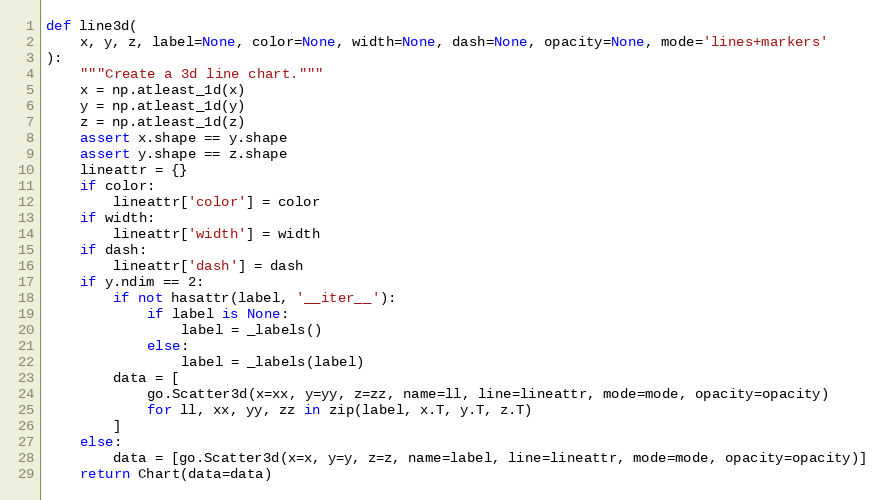
Language: Python
def line3d(
    x, y, z, label=None, color=None, width=None, dash=None, opacity=None, mode='lines+markers'
):
    """Create a 3d line chart."""
    x = np.atleast_1d(x)
    y = np.atleast_1d(y)
    z = np.atleast_1d(z)
    assert x.shape == y.shape
    assert y.shape == z.shape
    lineattr = {}
    if color:
        lineattr['color'] = color
    if width:
        lineattr['width'] = width
    if dash:
        lineattr['dash'] = dash
    if y.ndim == 2:
        if not hasattr(label, '__iter__'):
            if label is None:
                label = _labels()
            else:
                label = _labels(label)
        data = [
            go.Scatter3d(x=xx, y=yy, z=zz, name=ll, line=lineattr, mode=mode, opacity=opacity)
            for ll, xx, yy, zz in zip(label, x.T, y.T, z.T)
        ]
    else:
        data = [go.Scatter3d(x=x, y=y, z=z, name=label, line=lineattr, mode=mode, opacity=opacity)]
    return Chart(data=data)